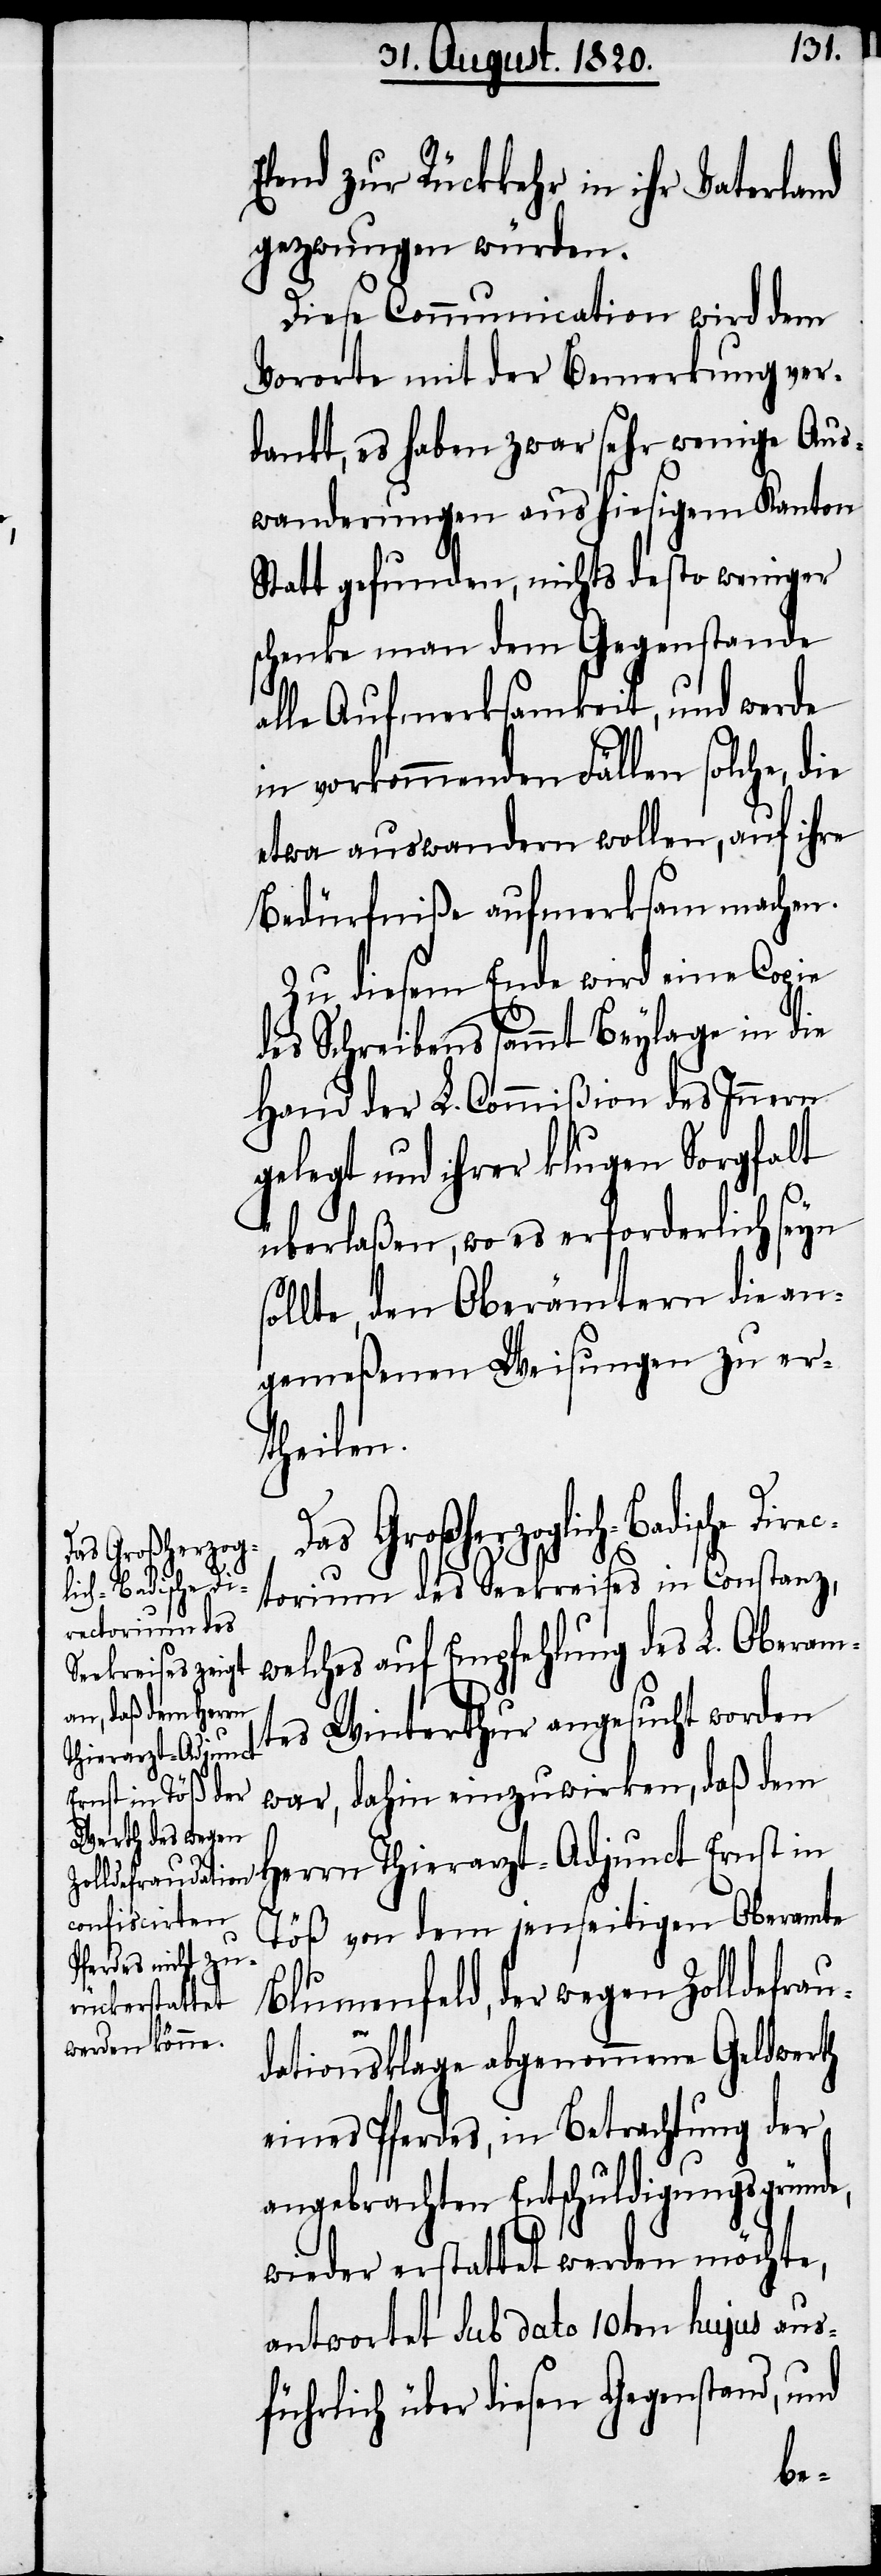
Das Großherzogl¬
ich-Badische D¬

Elend zur Rückkehr in ihr Vaterland
gezwungen würden.
Diese Communication wird dem
Vororte mit der Bemerkung ver¬
dankt, es haben zwar sehr wenige Aus¬
wanderungen aus hiesigem Kanton
Statt gefunden, nichts desto weniger
schenke man dem Gegenstande
alle Aufmerksamkeit, und werde
in vorkommenden Fällen solche, die
etwa auswandern wollen, auf ihre
Bedürfniße aufmerksam machen.
Zu diesem Ende wird eine Copie
des Schreibens sammt Beylage in die
Hand der L. Commißion des Innern
gelegt und ihrer klugen Sorgfalt
überlaßen, wo es erforderlich seyn
sollte, den Oberämtern die an¬
gemeßenen Weisungen zu er¬
theilen.
ctorium des Seekreises in Constanz,
welches auf Empfehlung des L. Oberam¬
tes Winterthur angesucht worden
war, dahin einzuwirken, daß dem
Herrn Thierarzt-Adjunct Ernst in
Töß von dem jenseitigen Oberamte
Blumenfeld, der wegen Zolldefrau¬
dationsklage abgenommene Geldwerth
eines Pferdes, in Betrachtung der
angebrachten Entschuldigungsgründe,
wieder erstattet werden möchte,
antwortet sub dato 10ten hujus aus¬
führlich über diesen Gegenstand, und
ire¬